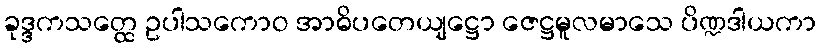
ခုဒ္ဒကသတ္ထေ ဥပါသကောဝ အာဓိပတေယျဋ္ဌော ဇေဋ္ဌမူလမာသေ ပိဏ္ဍဒါယကာ